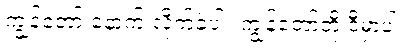
ကျွန်တော့် နောက် လိုက်ခဲ့ပါ။ ကျွန်တော်တို့ ဒီမှာပါ။